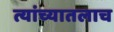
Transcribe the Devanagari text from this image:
त्यांच्यातलाच